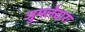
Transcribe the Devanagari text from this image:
जुमलेदारः